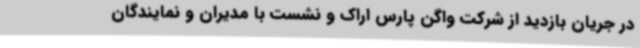
در جریان بازدید از شرکت واگن پارس اراک و نشست با مدیران و نمایندگان